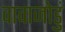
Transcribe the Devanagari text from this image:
वावाजोडुं